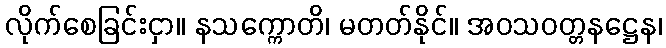
လိုက်စေခြင်းငှာ။ နသက္ကောတိ၊ မတတ်နိုင်။ အဝသဝတ္တနဋ္ဌေန၊